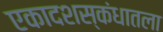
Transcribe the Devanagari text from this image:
एकादशस्‍कंधातला